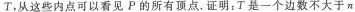
T，从这些内点可以看见P的所有顶.证明：T是一个边数不大于n